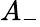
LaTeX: A_{-}